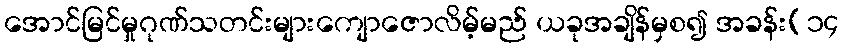
အောင်မြင်မှုဂုဏ်သတင်းများကျောဇောလိမ့်မည် ယခုအချိန်မှစ၍ အခန်း(၁၄